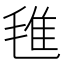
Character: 㲝